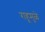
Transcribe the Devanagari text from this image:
राहूमुळे